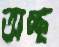
অচ্ছ